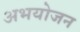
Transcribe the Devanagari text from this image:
अभयोजन